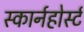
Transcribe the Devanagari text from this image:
स्कार्नहोर्स्ट